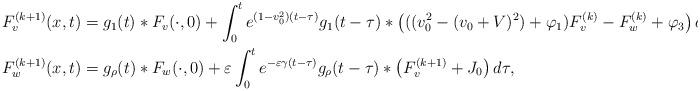
LaTeX: \begin{align*}F_v^{(k+1)}(x,t) &= g_1(t)*F_v(\cdot,0)+\int_0^t e^{ (1-v_0^2)(t-\tau)} g_1(t-\tau) * \left(((v_0^2-(v_0+V)^2) + \varphi_{1})F_v^{(k)} - F_w^{(k)} + \varphi_3\right) d\tau\\F_w^{(k+1)}(x,t) &= g_\rho(t) * F_w(\cdot,0) + \varepsilon\int_0^{t} e^{-\varepsilon \gamma ( t-\tau)} g_\rho(t-\tau)*\left(F_v^{(k+1)} + J_0\right) d\tau,\end{align*}